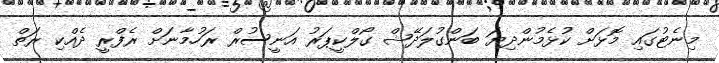
މިނެޓުގައި މޮޅަށް ކުޅެމުންދިޔަ ބަންގުލަދޭޝް ގޯލްކީޕަރު އަނީސުރް ރަހުމާނަށް ރެފްރީ ދެއްކި ރަތް